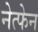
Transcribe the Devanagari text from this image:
नेत्फेन